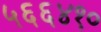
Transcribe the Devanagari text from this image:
५६६४१०